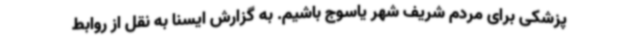
پزشکی برای مردم شریف شهر یاسوج باشیم. به گزارش ایسنا به نقل از روابط